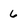
Character: 6